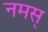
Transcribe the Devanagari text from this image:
नमस्